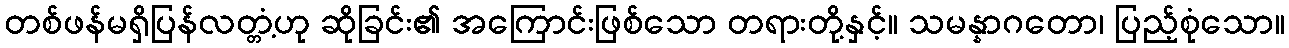
တစ်ဖန်မရှိပြန်လတ္တံ့ဟု ဆိုခြင်း၏ အကြောင်းဖြစ်သော တရားတို့နှင့်။ သမန္နာဂတော၊ ပြည့်စုံသော။